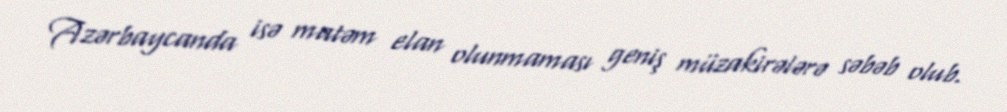
Azərbaycanda isə matəm elan olunmaması geniş müzakirələrə səbəb olub.